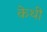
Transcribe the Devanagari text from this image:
केथी